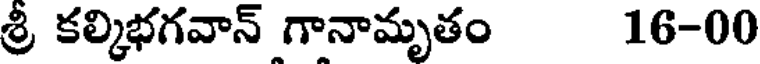
శ్రీ కల్కిభగవాన్ గానామృతం 16-00